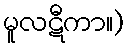
မူလဋီကာ။)